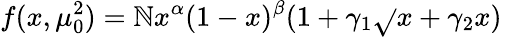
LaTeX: f(x,\mu_{0}^{2})=\mathbb{N}x^{\alpha}(1-x)^{\beta}(1+\gamma_{1}\sqrt{}{{x}}+\gamma_{2}x)\; \;